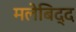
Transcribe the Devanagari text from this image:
मलेबिद्द